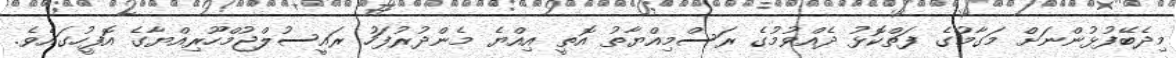
މިދެބޭފުޅުންނަށް މަގާމުގެ ފަތްކޮޅު ދެއްވުމުގެ ރަސްމިއްޔާތު އޮތީ އިއްޔެ މެންދުރުފަހު ރައީސުލްޖުމްހޫރިއްޔާގެ އޮފީހުގައެވެ.